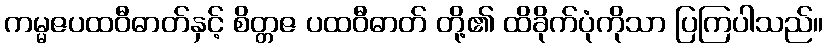
ကမ္မဇပထဝီဓာတ်နှင့် စိတ္တဇ ပထဝီဓာတ် တို့၏ ထိခိုက်ပုံကိုသာ ပြကြပါသည်။